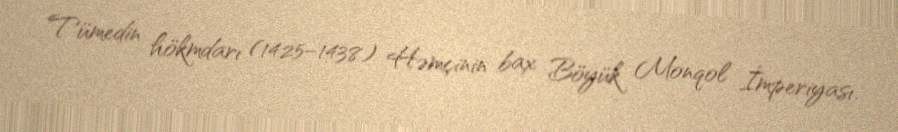
Tümedin hökmdarı (1425–1438) Həmçinin bax Böyük Monqol İmperiyası.